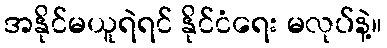
အနိုင်မယူရဲရင် နိုင်ငံရေး မလုပ်နဲ့။